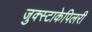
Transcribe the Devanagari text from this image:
जुक्स्टाकेपिलरी